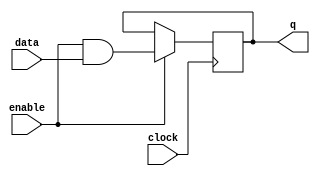
module data_enable_latch (
    input data,
    input enable,
    input clock,
    output reg q
);

reg d;

assign d = (enable & data);

always @ (posedge clock) begin
    if (enable) begin
        q <= d;
    end
end

endmodule